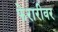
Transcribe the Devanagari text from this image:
फेरारीवर